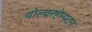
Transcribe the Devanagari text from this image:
वोल्वरहेम्पटन